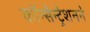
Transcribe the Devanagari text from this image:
कॉन्सेन्ट्रेशनने